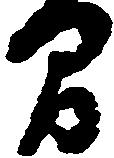
間